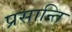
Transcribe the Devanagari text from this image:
प्रसान्ति